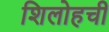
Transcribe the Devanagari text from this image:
शिलोहची